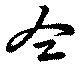
全